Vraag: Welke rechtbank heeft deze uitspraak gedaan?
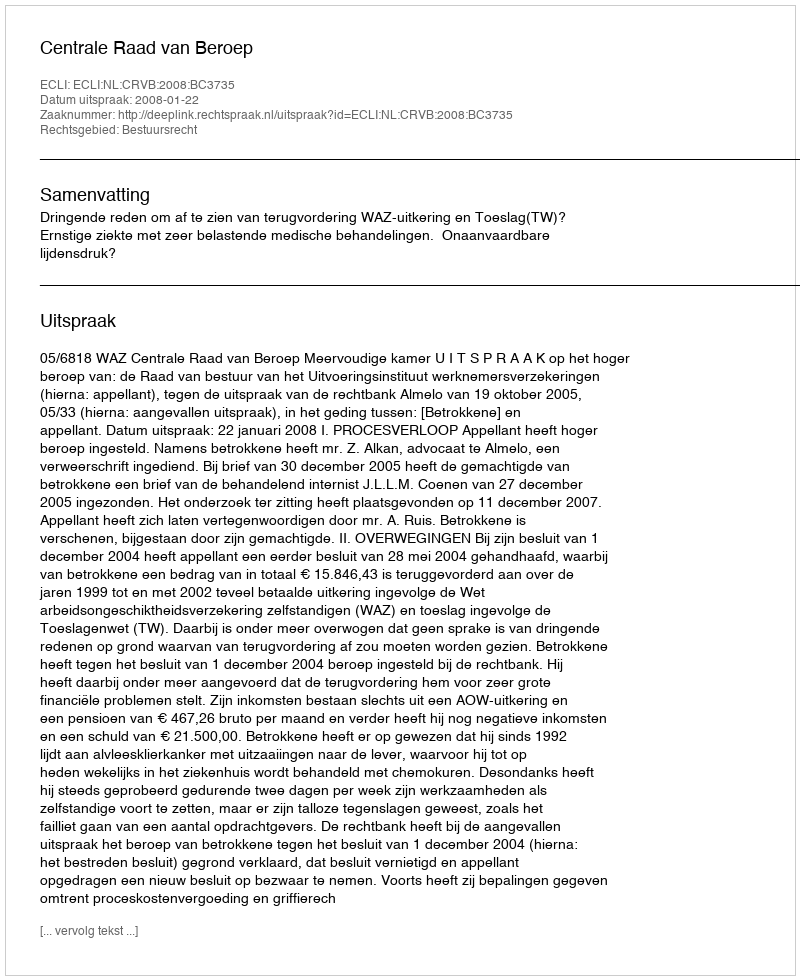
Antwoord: Centrale Raad van Beroep